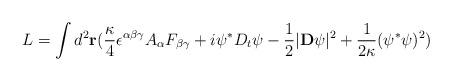
LaTeX: \begin{align*}L=\int d^{2} {\bf r} ( {\kappa \over 4} \epsilon^{\alpha\beta\gamma} A_{\alpha} F_{\beta\gamma} + i \psi^{\ast} D_t \psi - {1 \over 2} | {\bf D} \psi |^{2} + {1 \over {2 \kappa}} ( \psi^{\ast} \psi )^{2} )\end{align*}